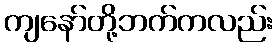
ကျနော်တို့ဘက်ကလည်း